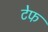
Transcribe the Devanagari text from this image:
टेफ